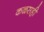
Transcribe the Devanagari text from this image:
कळसही